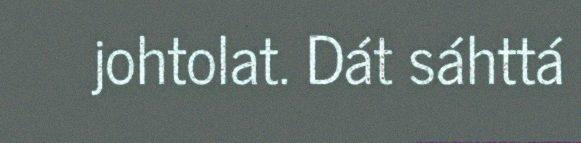
johtolat. Dát sáhttá